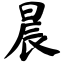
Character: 晨